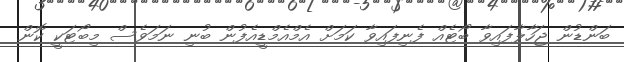
ބަންޑުން ޖަހާލާފައިވާ ބޯޓެއް ފެނިފައިވާ ކަމަށް އެމްއެމްޑީއެފުން ބުނި ނަމަވެސް މިބޯޓަކީ ކޮން